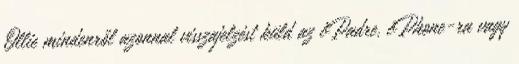
Ollie mindenről azonnal visszajelzést küld az iPadre, iPhone-ra vagy